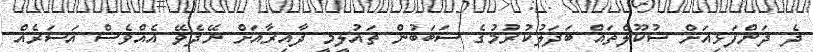
ދެ ދަންފަޅިއަށް ސުކޫލްތައް ބަދަލުކުރުމުގެ ސަބަބުން ތައުލީމީ ދާއިރާއަށް ނޭދެވޭ އެއްވެސް އަސަރެއް